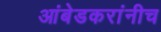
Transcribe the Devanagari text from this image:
आंबेडकरांनीच